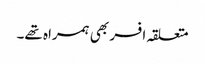
متعلقہ افسر بھی ہمراہ تھے۔